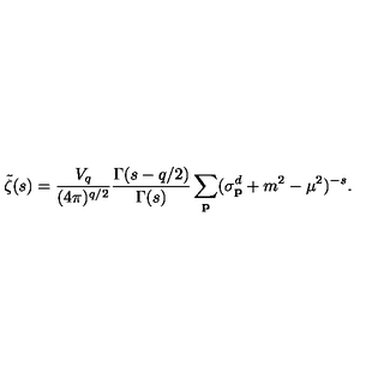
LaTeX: \tilde { \zeta } ( s ) = \frac { V _ { q } } { ( 4 \pi ) ^ { q / 2 } } \frac { \Gamma ( s - q / 2 ) } { \Gamma ( s ) } \sum _ { \bf p } ( \sigma _ { \bf p } ^ { d } + m ^ { 2 } - \mu ^ { 2 } ) ^ { - s } .